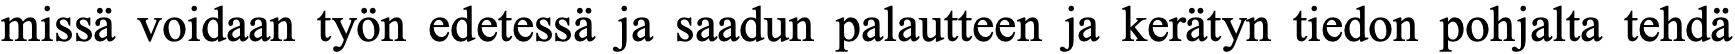
missä voidaan työn edetessä ja saadun palautteen ja kerätyn tiedon pohjalta tehdä